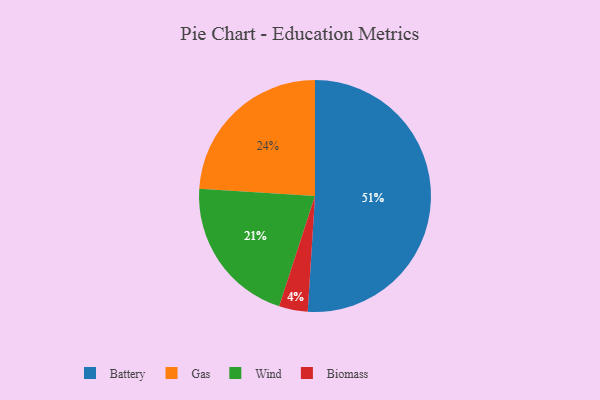
{"axis": {"x": "Category", "y": "Percentage"}, "legend": ["Battery", "Biomass", "Gas", "Wind"], "data": [{"x": "Wind", "y": 21, "type": "Wind"}, {"x": "Biomass", "y": 4, "type": "Biomass"}, {"x": "Battery", "y": 51, "type": "Battery"}, {"x": "Gas", "y": 24, "type": "Gas"}]}